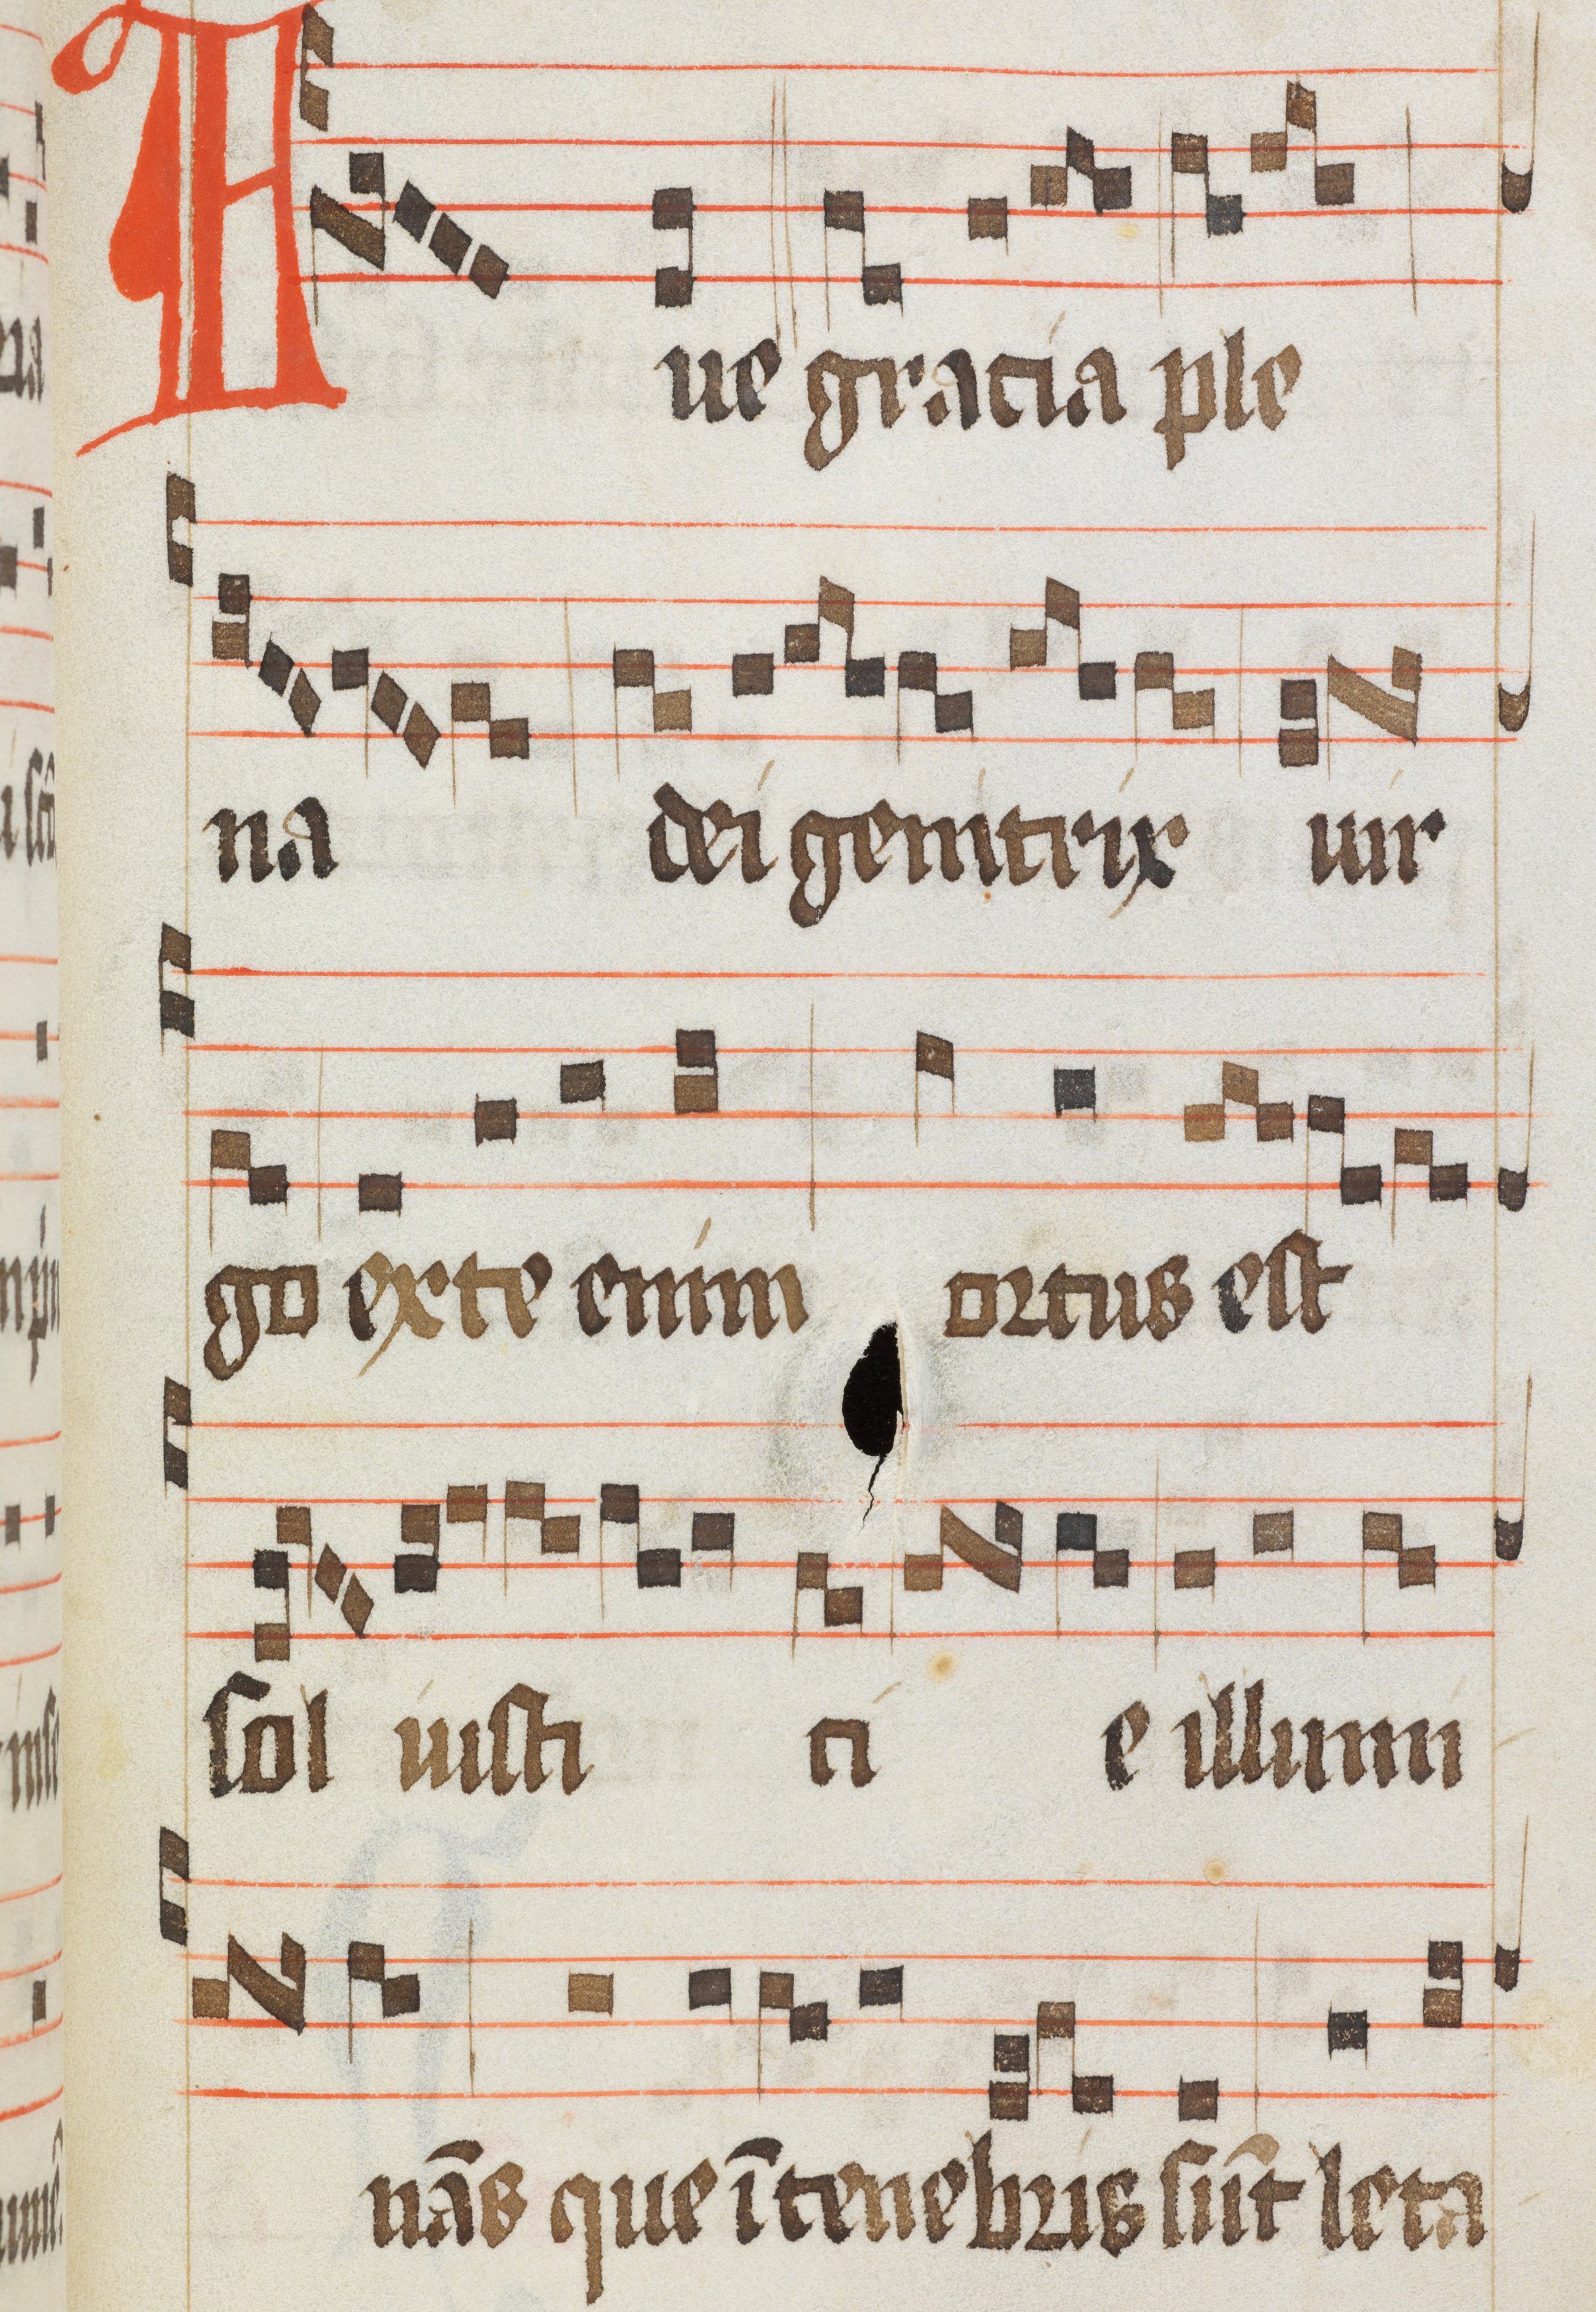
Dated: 1484–1487